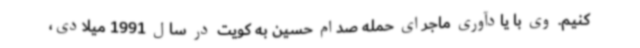
‌کنیم. وی با یادآوری ماجرای حمله صدام حسین به کویت در سال 1991 میلادی،